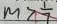
m > \frac { 1 } { 7 }